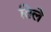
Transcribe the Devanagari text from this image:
तिले